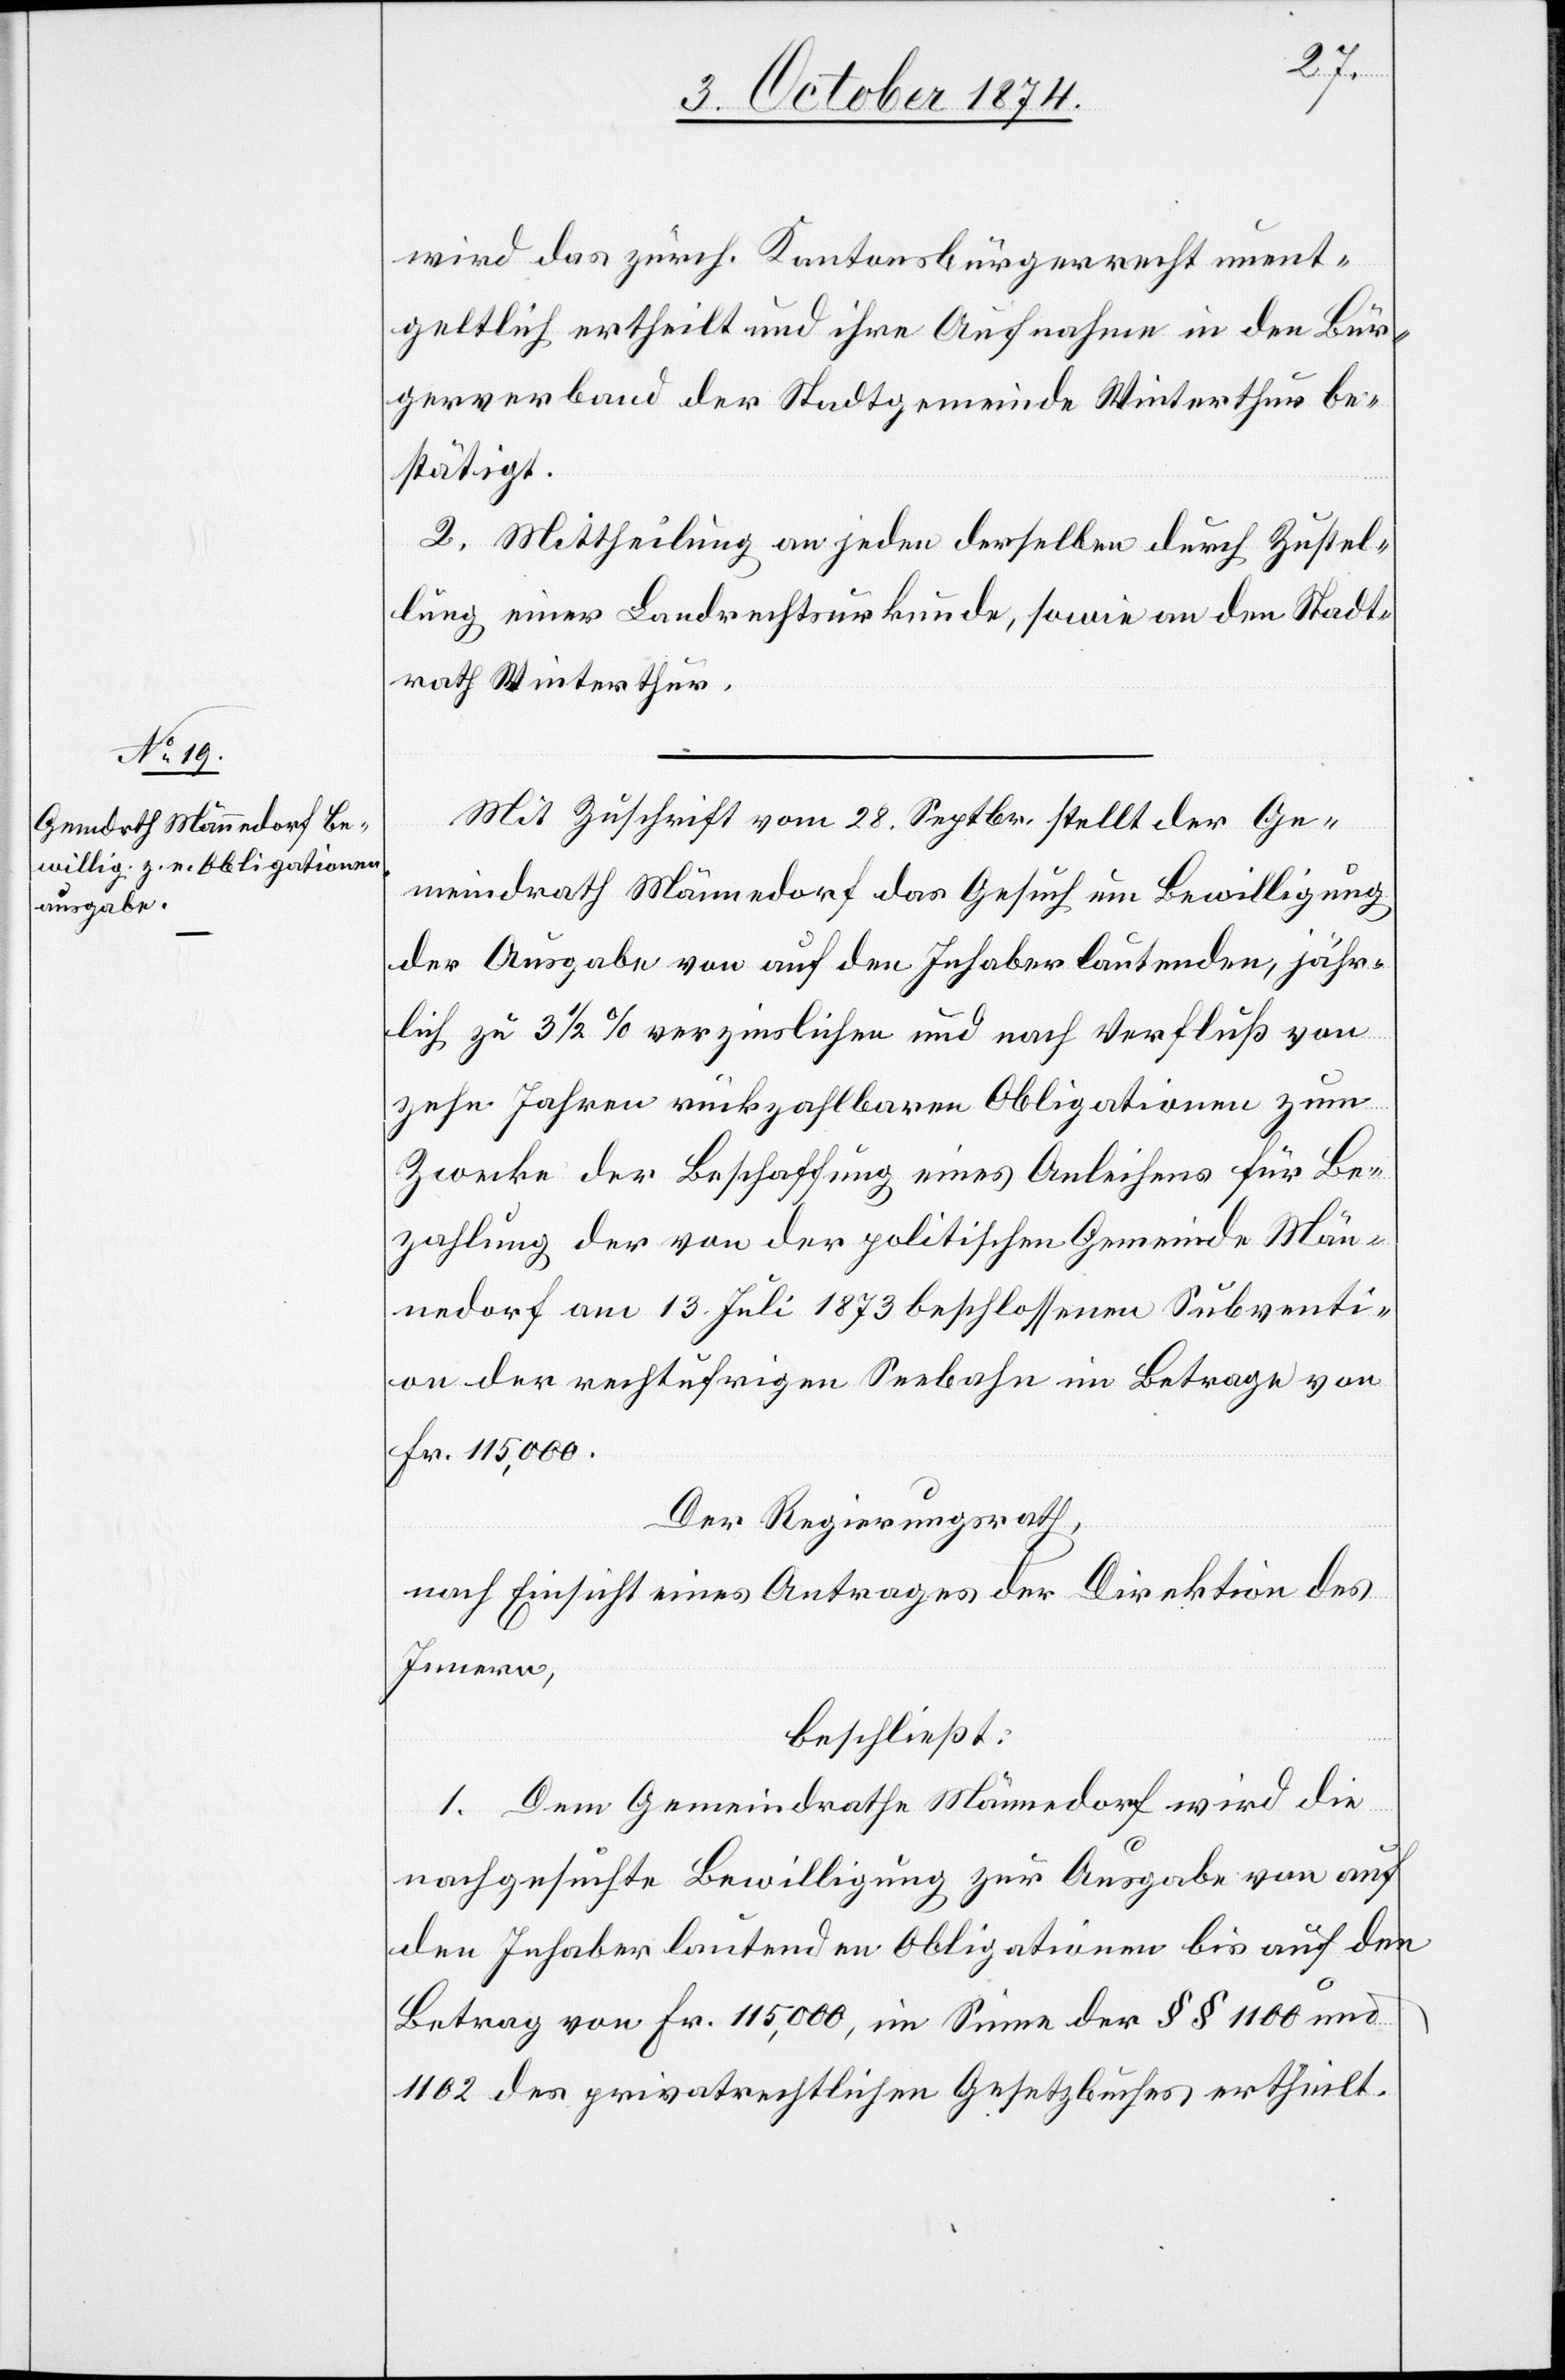
wird das zürch. Kantonsbürgerrecht unent¬
geltlich ertheilt und ihre Aufnahme in den Bür¬
gerverband der Stadtgemeinde Winterthur be¬
stätigt.
2. Mittheilung an jeden derselben durch Zustel¬
lung einer Landrechtsurkunde, sowie an den Stadt¬
rath Winterthur.
Mit Zuschrift vom 28. Septbr. stellt der Ge¬
meindrath Männedorf das Gesuch um Bewilligung
der Ausgabe von auf den Inhaber lautenden, jähr¬
lich zu 3 1/2% verzinslichen und nach Verfluß von
zehn Jahren rückzahlbaren Obligationen zum
Zwecke der Beschaffung eines Anleihens für Be¬
zahlung der von der politischen Gemeinde Män¬
nedorf am 13. Juli 1873 beschlossenen Subventi¬
on der rechtufrigen Seebahn im Betrage von
Fr. 115,000.
Der Regierungsrath,
nach Einsicht eines Antrages der Direktion des
Innern,
beschließt:
1. Dem Gemeindrathe Männedorf wird die
nachgesuchte Bewilligung zur Ausgabe von auf
den Inhaber lautenden Obligationen bis auf den
Betrag von Fr. 115,000, im Sinne der §§ 1100 und
1102 des privatrechtlichen Gesetzbuches ertheilt.